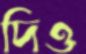
দিও